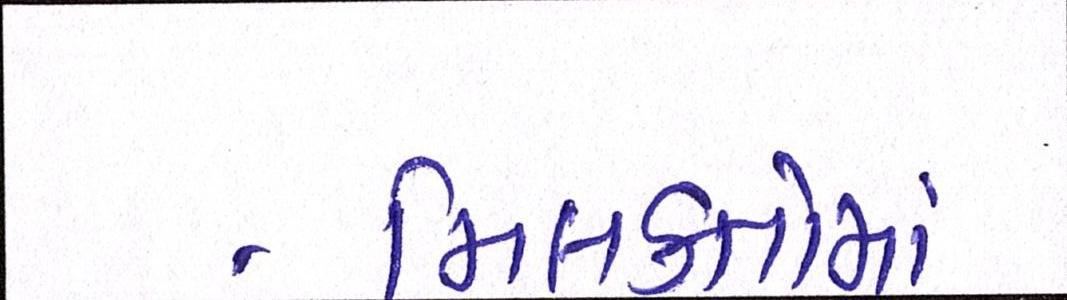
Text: મિલકતોમાં